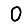
Digit: 0